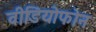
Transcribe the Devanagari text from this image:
वीडियोफोन